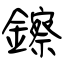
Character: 鑔